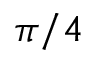
\pi / 4